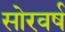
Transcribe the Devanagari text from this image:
सोरवर्ष